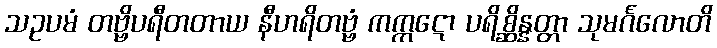
သဥပမံ တဗ္ဗိပရီတတာယ နီဟရိတဗ္ဗံ ကက္ကဋော ပရိစ္ဆိန္နတ္တာ သုမင်္ဂလောတိ